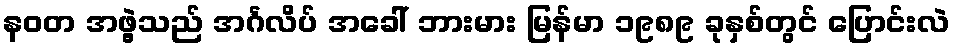
နဝတ အဖွဲ့သည် အင်္ဂလိပ် အခေါ် ဘားမား မြန်မာ ၁၉၈၉ ခုနှစ်တွင် ပြောင်းလဲ